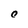
Character: C